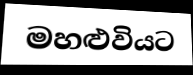
මහළුවියට